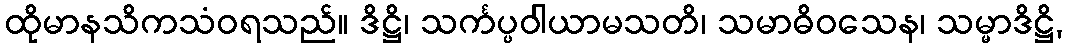
ထိုမာနသိကသံဝရသည်။ ဒိဋ္ဌိ၊ သင်္ကပ္ပဝါယာမသတိ၊ သမာဓိဝသေန၊ သမ္မာဒိဋ္ဌိ,